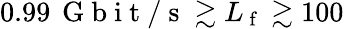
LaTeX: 0.99\, \mathrm{~G~b~i~t~/~s~}\gtrsim L_{\mathrm{~f~}}\gtrsim 100